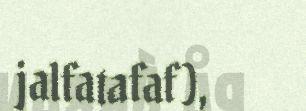
jalfatafaf),